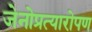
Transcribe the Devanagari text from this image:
जेनोप्रत्यारोपण